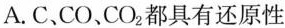
A.C、CO、CO_{2}都具有还原性